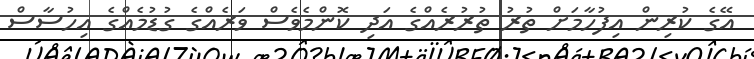
އޭގެ ކުރިން އިފުހާމަށް ތުރު ތުރުރެއްގެ އަދި ކޮންމެވެސް ވަރެއްގެ ގުޑުމެއްގެ އިހުސާސް